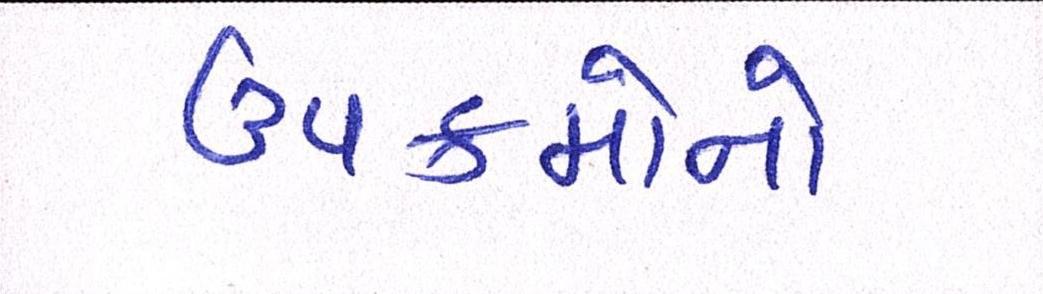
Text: ઉપક્રમોનો